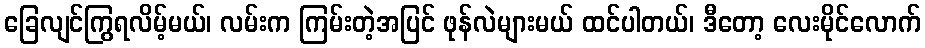
ခြေလျင်ကြွရလိမ့်မယ်၊ လမ်းက ကြမ်းတဲ့အပြင် ဖုန်လဲများမယ် ထင်ပါတယ်၊ ဒီတော့ လေးမိုင်လောက်